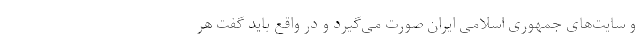
و سایت‌های جمهوری اسلامی ایران صورت می‌گیرد و در واقع باید گفت هر